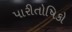
પારીતોષિકો